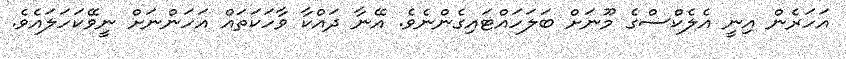
އަހަރެން އިނީ އެލެކްސްގެ މޫނަށް ބަލަހައްޓައިގެންނެވެ. އޭނާ ދައްކާ ވާހަކަތައް އަހަންނަށް ނީވޭކަހަލައެވެ.